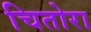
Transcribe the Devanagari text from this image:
चितोरा